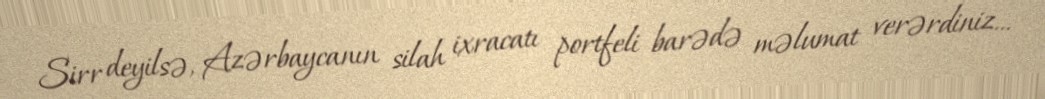
Sirr deyilsə, Azərbaycanın silah ixracatı portfeli barədə məlumat verərdiniz...